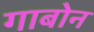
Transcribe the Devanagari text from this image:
गाबोन